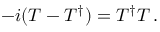
- i ( T - T ^ { \dagger } ) = T ^ { \dagger } T \, .